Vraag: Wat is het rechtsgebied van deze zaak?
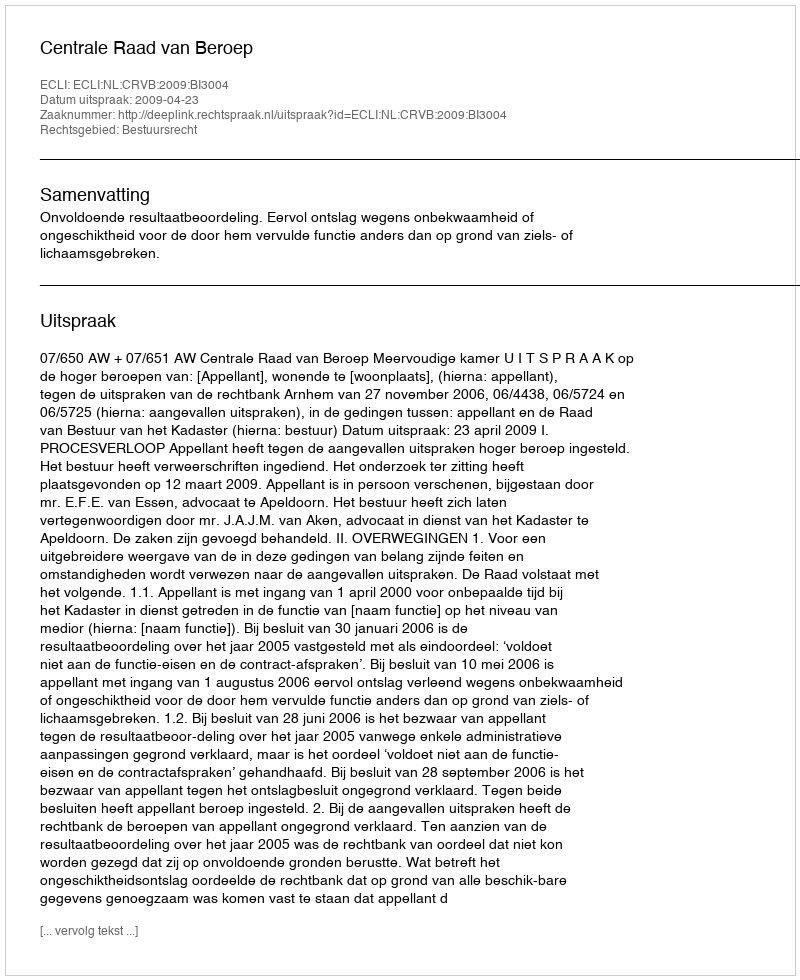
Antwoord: Bestuursrecht